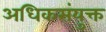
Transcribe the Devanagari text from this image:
अधिकसंयुक्त